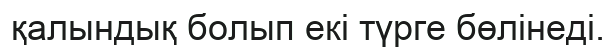
қалындық болып екі түрге бөлінеді.